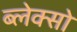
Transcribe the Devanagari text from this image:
ब्लेक्सो